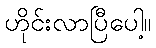
ဟိုင်းလာပြီပေါ့။